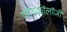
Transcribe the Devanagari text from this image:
फॉयकॉलॉजी